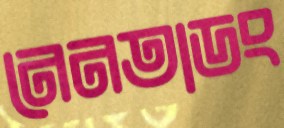
নেনতাডং